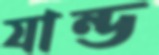
যান্ড